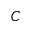
C